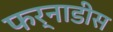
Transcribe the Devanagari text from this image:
फर्नाडीस